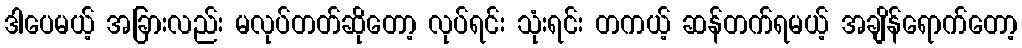
ဒါပေမယ့် အခြားလည်း မလုပ်တတ်ဆိုတော့ လုပ်ရင်း သုံးရင်း တကယ့် ဆန်တက်ရမယ့် အချိန်ရောက်တော့